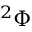
^ { 2 } \Phi